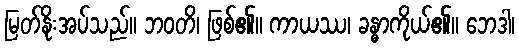
မြတ်နိုးအပ်သည်။ ဘဝတိ၊ ဖြစ်၏။ ကာယဿ၊ ခန္ဓာကိုယ်၏။ ဘေဒါ၊